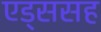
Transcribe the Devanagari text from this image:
एड्ससह